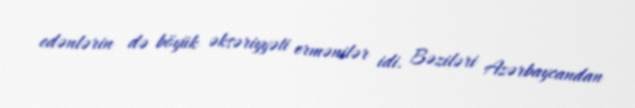
edənlərin də böyük əksəriyyəti ermənilər idi. Bəziləri Azərbaycandan